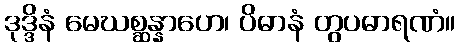
ဒုဒ္ဒိနံ မေဃစ္ဆန္နာဟေ၊ ပိဓာနံ တွပဓာရဏံ။